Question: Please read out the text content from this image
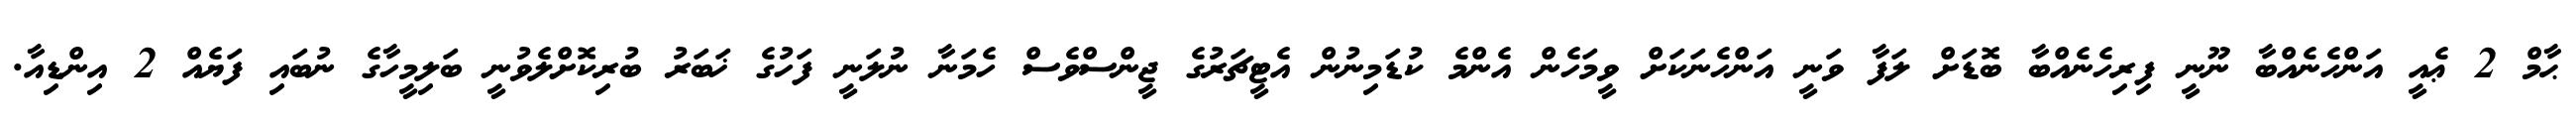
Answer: ޙާމް 2 ޢެއީ އަންހެނެއްބާ ނޫނީ ފިރިހެނެއްބާ ބޮޑަށް ލަފާ ވަނީ އަންހެނަކަށް ވީމަހެން އެންމެ ކުޑަމިނުން އެޓީޗަރުގެ ޖީންސްވެސް ހެމަނާ ނުލަނީ ފަހުގެ ޚަބަރު ބުރިކޮށްލެވުނީ ބަލިމީހާގެ ނުބައި ފަޔެއް 2 އިންޑިއާ.